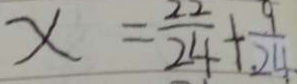
x = \frac { 2 2 } { 2 4 } + \frac { 9 } { 2 4 }